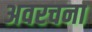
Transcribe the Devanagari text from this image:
अवरचना